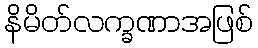
နိမိတ်လက္ခဏာအဖြစ်